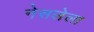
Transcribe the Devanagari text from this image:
नेसलेला